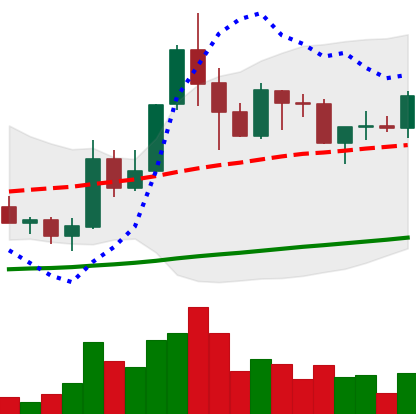
Ticker: ADA-USD
Chart end date: 2019-05-26
Forward return: 3.984%
Label: up_3_5